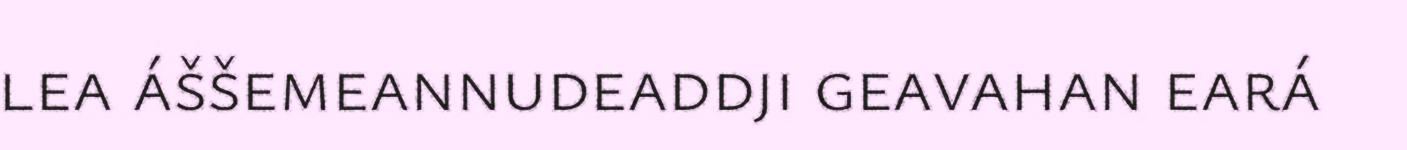
lea áššemeannudeaddji geavahan eará